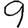
Digit: 9